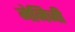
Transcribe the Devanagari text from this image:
मेनिजी